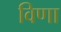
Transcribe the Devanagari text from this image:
विणा